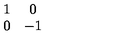
\begin{array} { c c } { 1 } & { 0 } \\ { 0 } & { - 1 } \\ \end{array}